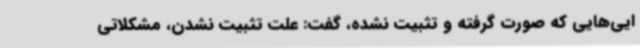
ایی‌هایی که صورت گرفته و تثبیت نشده، گفت: علت تثبیت نشدن، مشکلاتی